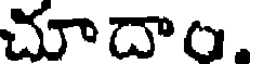
చూదాం.